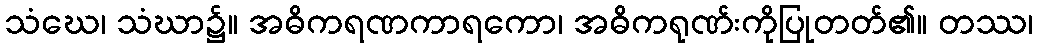
သံဃေ၊ သံဃာ၌။ အဓိကရဏကာရကော၊ အဓိကရုဏ်းကိုပြုတတ်၏။ တဿ၊